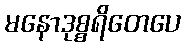
မနောဒုစ္စရိတေပေ